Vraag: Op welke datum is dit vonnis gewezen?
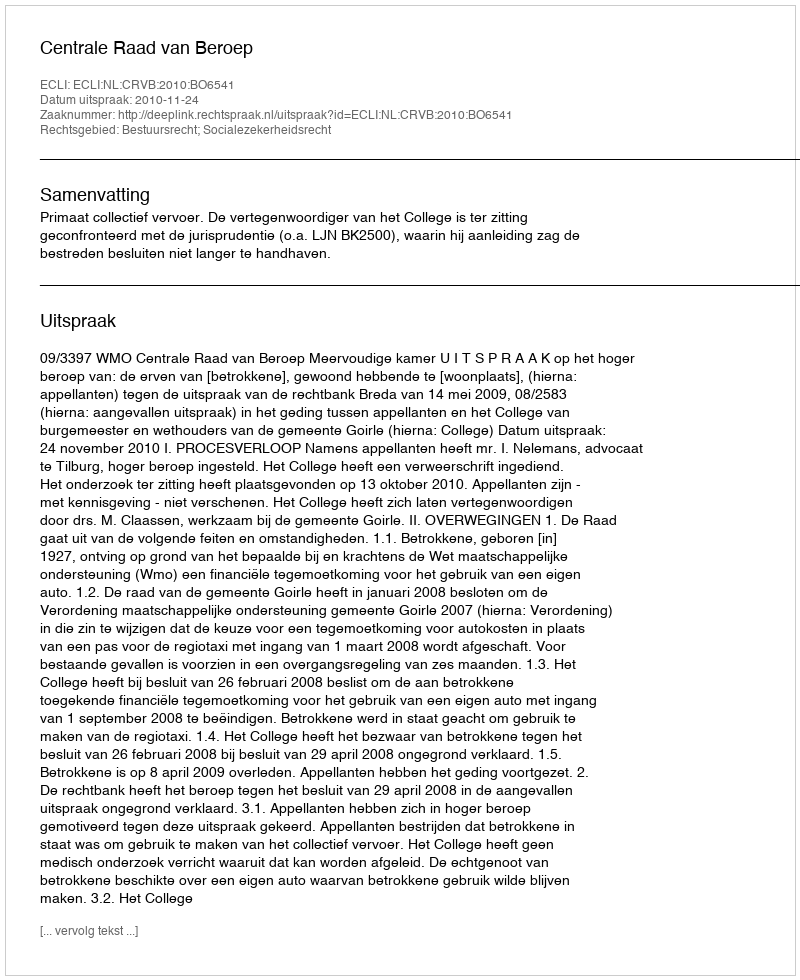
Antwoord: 2010-11-24